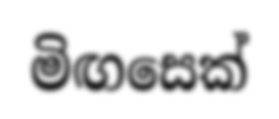
මිඟසෙක්